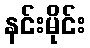
နင်းမိုင်း